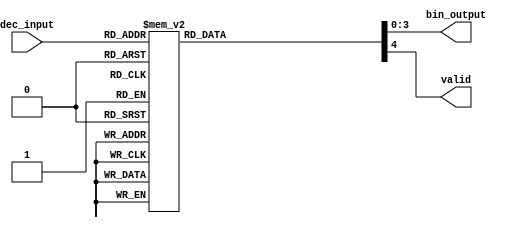
module decimal_to_binary_encoder (
    input wire [3:0] dec_input,    // 4-bit input for decimal digit (0-9)
    output reg [3:0] bin_output,    // 4-bit output for binary equivalent
    output reg valid                 // Validity signal
);

always @(*) begin
    // Default values
    bin_output = 4'b0000; // Default output
    valid = 1'b0;         // Default validity

    case (dec_input)
        4'b0000: begin bin_output = 4'b0000; valid = 1'b1; end // 0
        4'b0001: begin bin_output = 4'b0001; valid = 1'b1; end // 1
        4'b0010: begin bin_output = 4'b0010; valid = 1'b1; end // 2
        4'b0011: begin bin_output = 4'b0011; valid = 1'b1; end // 3
        4'b0100: begin bin_output = 4'b0100; valid = 1'b1; end // 4
        4'b0101: begin bin_output = 4'b0101; valid = 1'b1; end // 5
        4'b0110: begin bin_output = 4'b0110; valid = 1'b1; end // 6
        4'b0111: begin bin_output = 4'b0111; valid = 1'b1; end // 7
        4'b1000: begin bin_output = 4'b1000; valid = 1'b1; end // 8
        4'b1001: begin bin_output = 4'b1001; valid = 1'b1; end // 9
        default: begin bin_output = 4'b1111; valid = 1'b0; end // Invalid input (10-15)
    endcase
end

endmodule